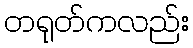
တရုတ်ကလည်း